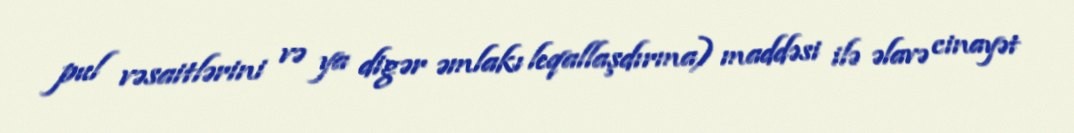
pul vəsaitlərini və ya digər əmlakı leqallaşdırma) maddəsi ilə əlavə cinayət